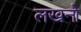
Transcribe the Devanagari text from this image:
लखनो